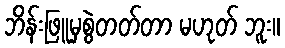
ဘိန်းဖြူမှစွဲတတ်တာ မဟုတ် ဘူး။